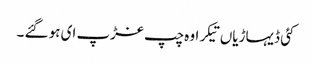
کئی ڈیہاڑیاں تیکر او ہ چپ غڑپ ای ہو گئے ۔